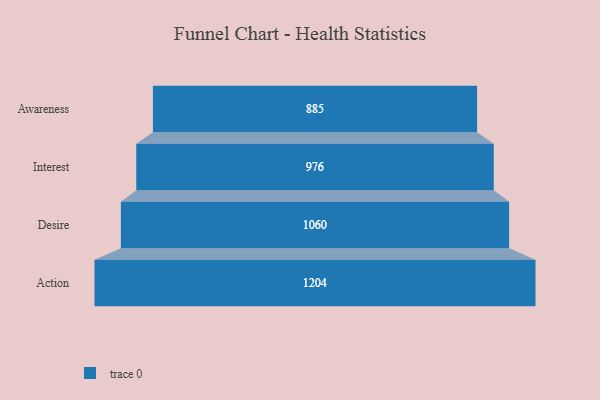
{"axis": {"x": "Stage", "y": "Value"}, "legend": [""], "data": [{"x": "Awareness", "y": 885.0, "type": ""}, {"x": "Interest", "y": 976.0, "type": ""}, {"x": "Desire", "y": 1060.0, "type": ""}, {"x": "Action", "y": 1204.0, "type": ""}]}